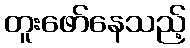
တူးဖော်နေသည့်